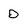
Character: D